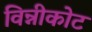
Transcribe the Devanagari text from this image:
विन्नीकोट